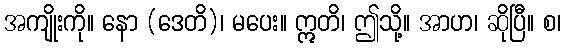
အကျိုးကို။ နော (ဒေတိ)၊ မပေး။ ဣတိ၊ ဤသို့။ အာဟ၊ ဆိုပြီ။ စ၊